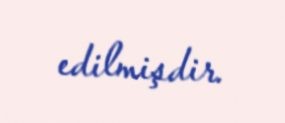
edilmişdir.